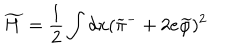
LaTeX: \widetilde H = \frac { 1 } { 2 } \int d x ( \widetilde \pi ^ { - } + 2 e \widetilde \varphi ) ^ { 2 }